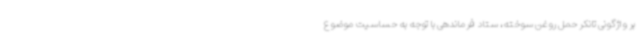
بر واژگونی تانکر حمل روغن سوخته، ستاد فرماندهی با توجه به حساسیت موضوع